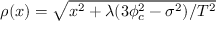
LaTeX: \rho ( x ) = \sqrt { x ^ { 2 } + \lambda ( 3 \phi _ { c } ^ { 2 } - \sigma ^ { 2 } ) / T ^ { 2 } }